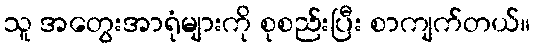
သူ အတွေးအာရုံများကို စုစည်းပြီး စာကျက်တယ်။